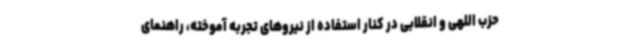
حزب اللهی و انقلابی در کنار استفاده از نیروهای تجربه آموخته، راهنمای